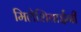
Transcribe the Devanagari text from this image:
मिलेशियाईंनी